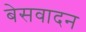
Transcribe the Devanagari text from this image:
बेसवादन